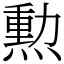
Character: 勲